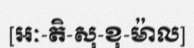
[អៈ-តិ-សុ-ខុ-ម៉ាល]